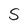
Character: S